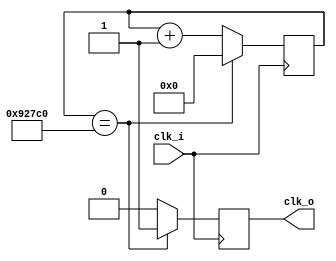
// Generate timer pulses
// Register output because comb. wire causes erratic behaviour
module timer (
    input clk_i,
    output reg clk_o
);


    localparam semiperiod = 24'd600000;    // 5 Hz 

    reg [23:0] counter = 0;

    always @(posedge clk_i) begin
        if (counter == semiperiod) begin
            clk_o <= 1;
            counter <= 0;
        end
        else begin 
            clk_o <= 0;
            counter <= counter + 1'b1;
        end
    end


endmodule